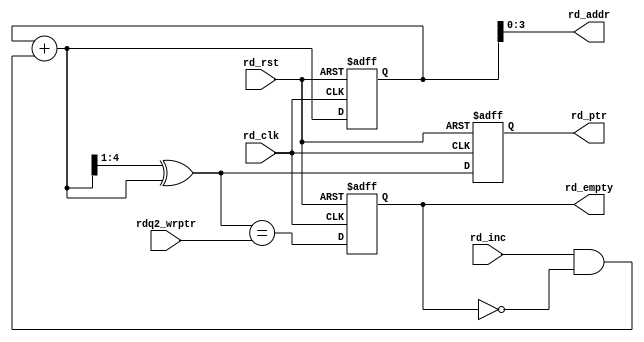
/* Copyright (c) 2013 by the author(s)
 *
 * Permission is hereby granted, free of charge, to any person obtaining a copy
 * of this software and associated documentation files (the "Software"), to deal
 * in the Software without restriction, including without limitation the rights
 * to use, copy, modify, merge, publish, distribute, sublicense, and/or sell
 * copies of the Software, and to permit persons to whom the Software is
 * furnished to do so, subject to the following conditions:
 *
 * The above copyright notice and this permission notice shall be included in
 * all copies or substantial portions of the Software.
 *
 * THE SOFTWARE IS PROVIDED "AS IS", WITHOUT WARRANTY OF ANY KIND, EXPRESS OR
 * IMPLIED, INCLUDING BUT NOT LIMITED TO THE WARRANTIES OF MERCHANTABILITY,
 * FITNESS FOR A PARTICULAR PURPOSE AND NONINFRINGEMENT. IN NO EVENT SHALL THE
 * AUTHORS OR COPYRIGHT HOLDERS BE LIABLE FOR ANY CLAIM, DAMAGES OR OTHER
 * LIABILITY, WHETHER IN AN ACTION OF CONTRACT, TORT OR OTHERWISE, ARISING FROM,
 * OUT OF OR IN CONNECTION WITH THE SOFTWARE OR THE USE OR OTHER DEALINGS IN
 * THE SOFTWARE.
 *
 * =============================================================================
 *
 * A clock-domain crossing FIFO
 *
 * Author(s):
 *   Mark Sagi <mark.sagi@mytum.de>
 */
module cdc_rdptr_empty(/*AUTOARG*/
   // Outputs
   rd_empty, rd_addr, rd_ptr,
   // Inputs
   rdq2_wrptr, rd_inc, rd_clk, rd_rst
   );

   parameter ADDRSIZE = 4;

   // synced n bit gray pointer for FIFO empty determination
   input [ADDRSIZE:0] rdq2_wrptr;
   input rd_inc, rd_clk, rd_rst;

   // '1' if FIFO empty
   output reg rd_empty;
   // n-1 bit binary pointer for memory addressing
   output [ADDRSIZE-1:0] rd_addr;
   // n bit gray pointer for FIFO full determination
   output reg [ADDRSIZE:0] rd_ptr;

   reg [ADDRSIZE:0]  rd_bin;
   wire [ADDRSIZE:0] rdgraynext, rdbinnext;

   // graystyle pointer
   always @(posedge rd_clk or negedge rd_rst) begin
      if (!rd_rst) begin
         {rd_bin, rd_ptr} <= 0;
      end else begin
         {rd_bin, rd_ptr} <= {rdbinnext, rdgraynext};
      end
   end

   assign rd_addr = rd_bin[ADDRSIZE-1:0];

   assign rdbinnext = rd_bin + (rd_inc & ~rd_empty);
   assign rdgraynext = (rdbinnext>>1) ^ rdbinnext;

   // FIFO empty if next rdptr == synchronized wrptr or on reset
   wire rdempty_val;
   assign rdempty_val = (rdgraynext == rdq2_wrptr);

   always @(posedge rd_clk or negedge rd_rst)
   begin
      if (!rd_rst) begin
         rd_empty <= 1'b1;
      end else begin
         rd_empty <= rdempty_val;
      end
   end

endmodule